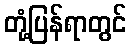
တုံ့ပြန်ရာတွင်